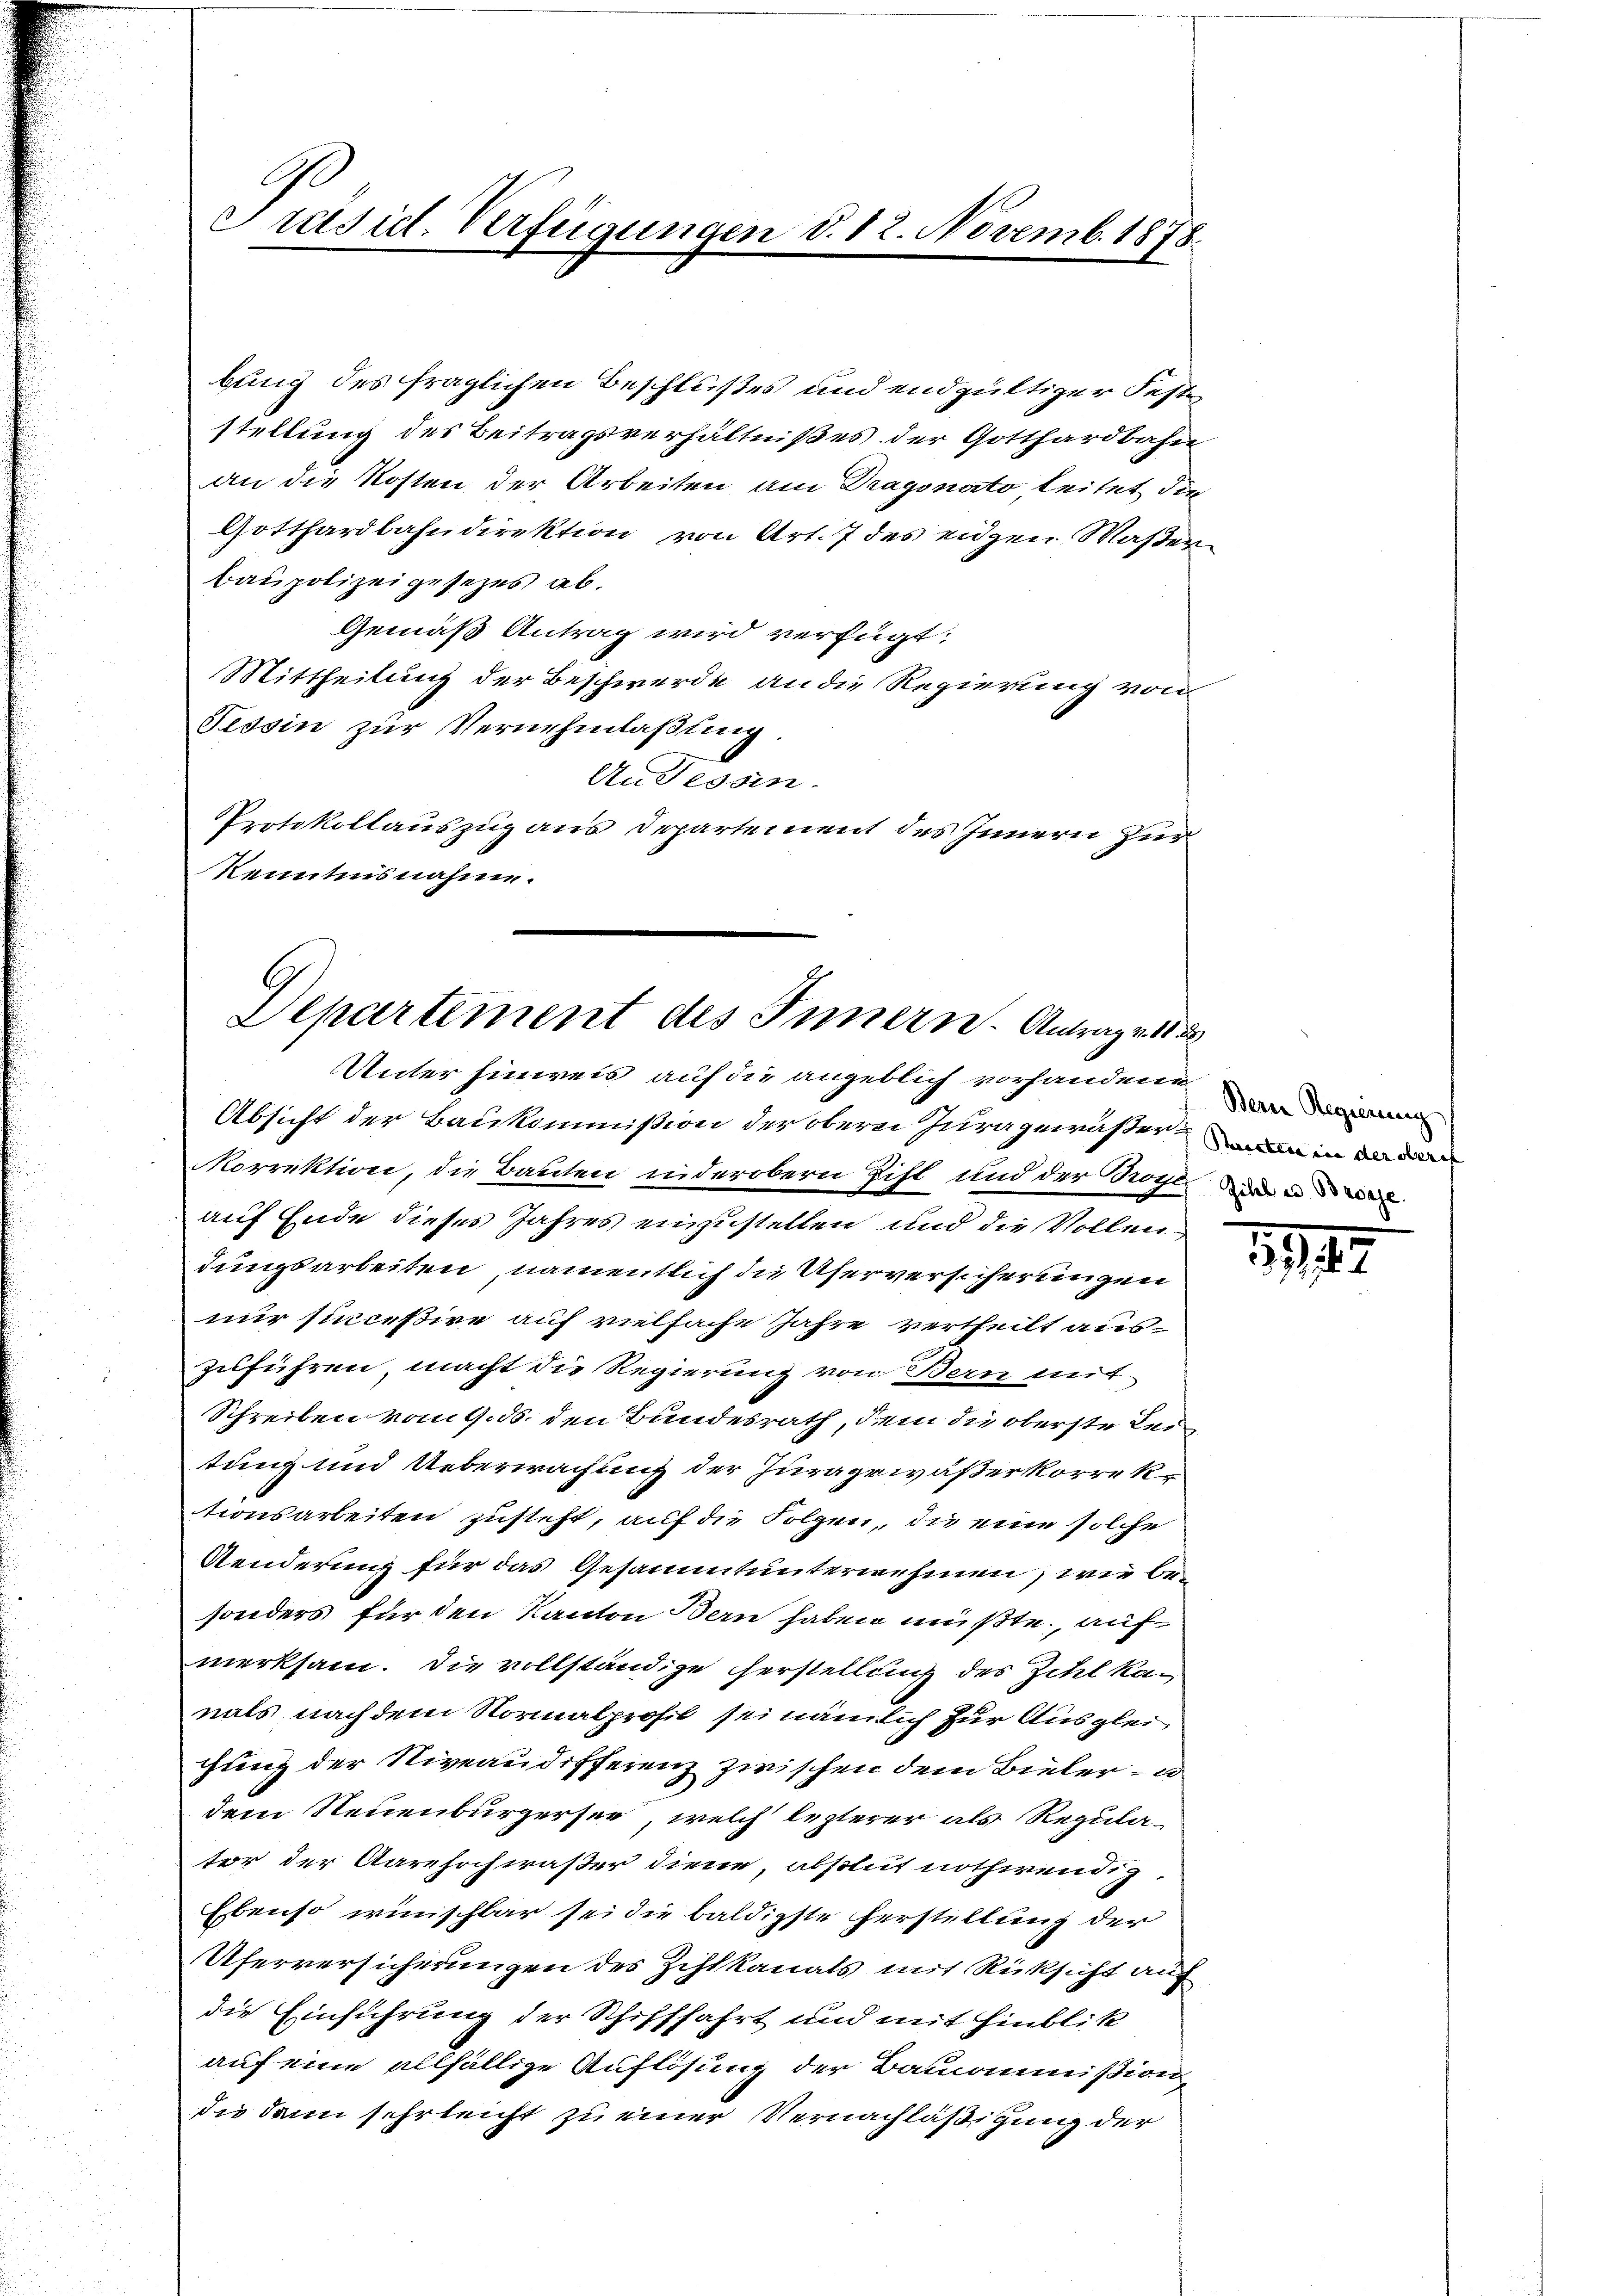
Ge
Präsid. Verfügungen d. 12. Novemb. 1878.

bung des fraglichen Beschlußes und endgültiger Festestellung des Beitragsverhältnißes der Gotthardbahn
an die Kosten der Arbeiten am Dragonato, leitet die
Gotthardbahndirektion von Art. 7 des eigen Waßerbaupolizeigesezes ab.
Gemäß Antrag wird verfügt:
Mittheilung der Beschwerde an die Regierung von
Tessin zur Vernehmlaßung.
An Tessin
Protokollauszug aus Departement des Innern zur
Kenntnisnahme.

9
Departement des Innern. Antrages d
Unter Einweis auf die angeblich vorhandene

Absicht der Baukommißion der obern Juragewäßer in dadu
Morrektion, die Bauten inderobern Zihl und der Rochle
auf Ende dieses Jahres einzustellen und die Vollendungsarbeiten, namentlich die Uferversicherungen
nur sinceßive auf vielfache Jahre vertheilt auszuführen, macht die Regierung von Bern mit
Schreiben vom 9. ds. den Bundesrath, dem die oberste Leitung und Ueberwachung der Juragewaßerkorrektionsarbeiten zusteht, auf die Folgen, die eine solche
Aenderung für das Gesammtunternehmen, wie besonders für den Kanton Bern haben müßte, aufmerksam. Die vollständige Herstellung des Zitel kan
nals nach dem Normalprofil sei nämlich zur Ausglei
gung der Niveaudifferenz zwischen dem Bieler – u
dem Neuenburgersee, welch lezterer als Regulator der Aarehochwaßer diene, absolut nothwendig,
Ebenso wünschbar sei die baldigste Herstellung der
Uferversicherungen des Zihlkanals mit Rücksicht auf
die Einführung der Schifffahrt und mit Hinblik
auf eine allfällige Auflösung der Bamommißion
die dann sehrleicht zu einer Vernachläßigung der

Bern Regierung

112